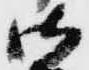
御